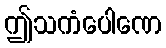
ဤသကံပေါဏေ